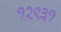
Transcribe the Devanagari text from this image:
१२९३१